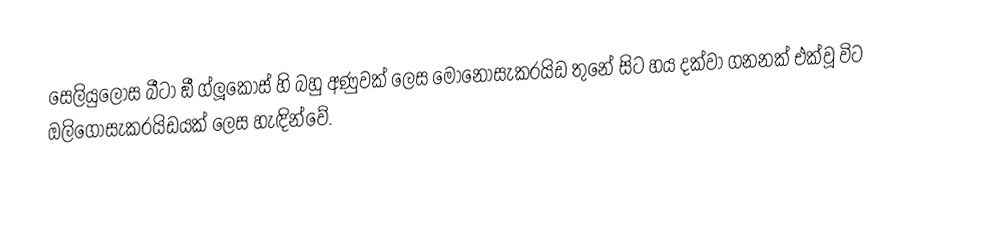
සෙලියුලෝස බීටා ඞී ග්ලූකෝස් හි බහු අණුවක් ලෙස මොනොසැකරයිඩ තුනේ සිට හය දක්වා ගනනක් එක්වූ විට ඔලිගොසැකරයිඩයක් ලෙස හැඳින්වේ.